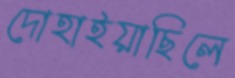
দোহাইয়াছিলে